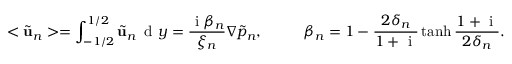
< \tilde { \mathbf { u } } _ { n } > = \int _ { - 1 / 2 } ^ { 1 / 2 } \tilde { \mathbf { u } } _ { n } \, \mathrm { ~ d ~ } y = \frac { \mathrm { ~ i ~ } \beta _ { n } } { \xi _ { n } } \nabla \tilde { p } _ { n } , \ \ \ \ \ \ \ \ \beta _ { n } = 1 - \frac { 2 \delta _ { n } } { 1 + \mathrm { ~ i ~ } } \operatorname { t a n h } { \frac { 1 + \mathrm { ~ i ~ } } { 2 \delta _ { n } } } .